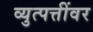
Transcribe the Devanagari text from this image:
व्युत्पत्तींवर